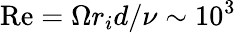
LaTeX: \mathrm{Re}=\Omega r_{i}d/\nu\sim 10^{3}